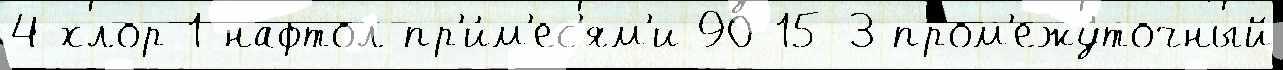
4-хлор-1-нафтол пр'и́м'ес'ям'и 90-15-3 пром'ежу́точный